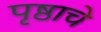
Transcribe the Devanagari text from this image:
पृष्ठाचे